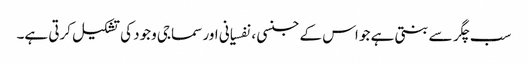
سب چگر سے بنتی ہے جو اس کے جنسی ، نفسیانی اور سماجی وجود کی تشکیل کرتی ہے۔